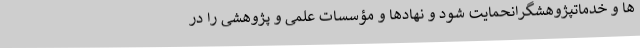
ها و خدماتپژوهشگرانحمایت شود و نهادها و مؤسسات علمی و پژوهشی را در